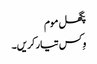
پگھل موم
وِکس تیار کریں۔